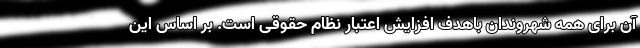
آن برای همه شهروندان باهدف افزایش اعتبار نظام حقوقی است. بر اساس این